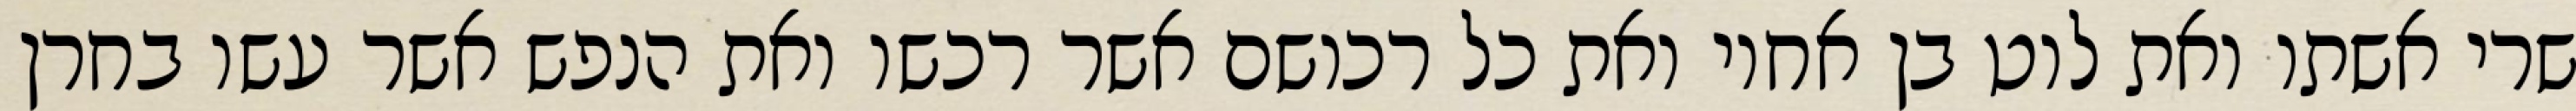
שרי אשתו ואת לוט בן אחיו ואת כל רכושם אשר רכשו ואת הנפש אשר עשו בחרן